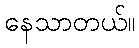
နေသာတယ်။